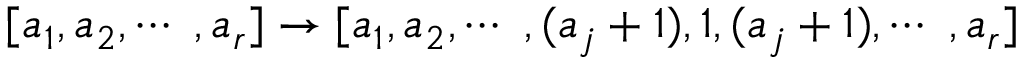
[ a _ { 1 } , a _ { 2 } , \cdots ~ , a _ { r } ] \rightarrow [ a _ { 1 } , a _ { 2 } , \cdots ~ , ( a _ { j } + 1 ) , 1 , ( a _ { j } + 1 ) , \cdots ~ , a _ { r } ]